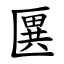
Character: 㔴